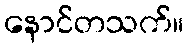
နောင်တသက်။